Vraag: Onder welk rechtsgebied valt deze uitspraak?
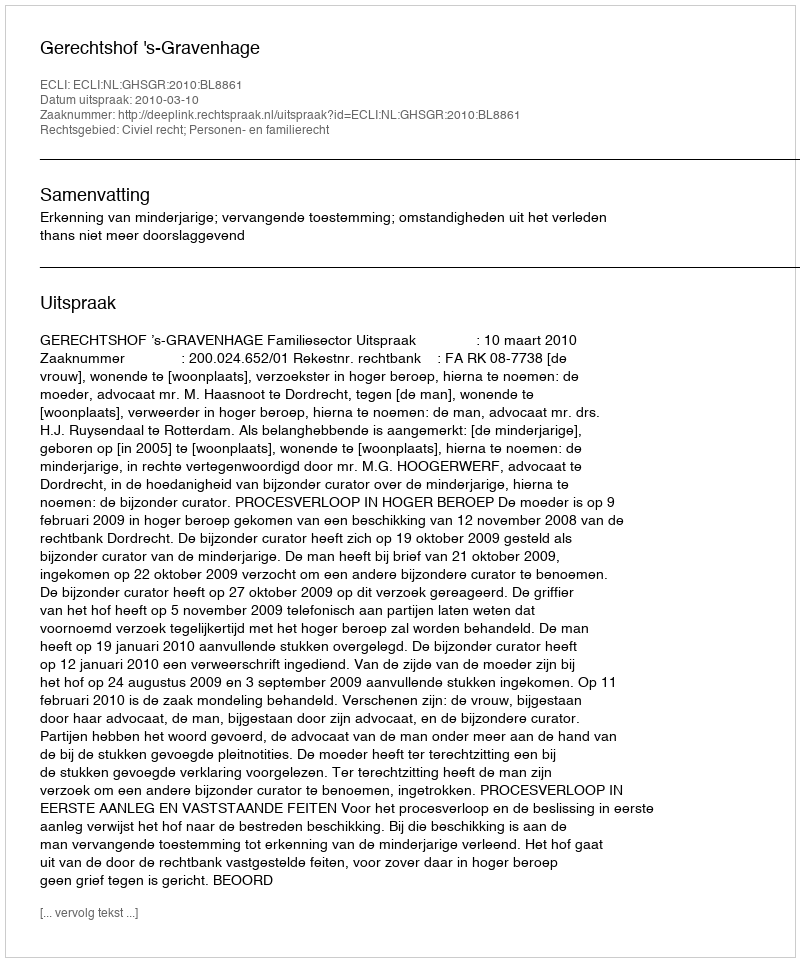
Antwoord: Civiel recht; Personen- en familierecht